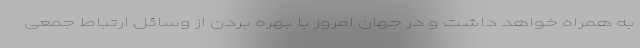
به همراه خواهد داشت و در جهان امروز با بهره بردن از وسائل ارتباط جمعی